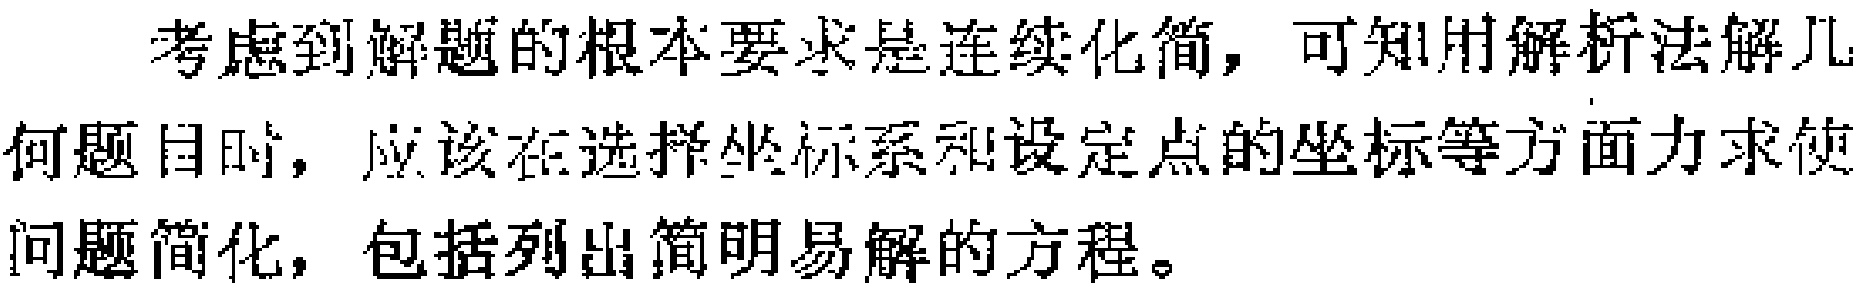
考虑到解题的根本要求是连续化简，可知用解析法解几何题目时，应该在选择坐标系和设定点的坐标等方面力求使问题简化，包括列出简明易解的方程。